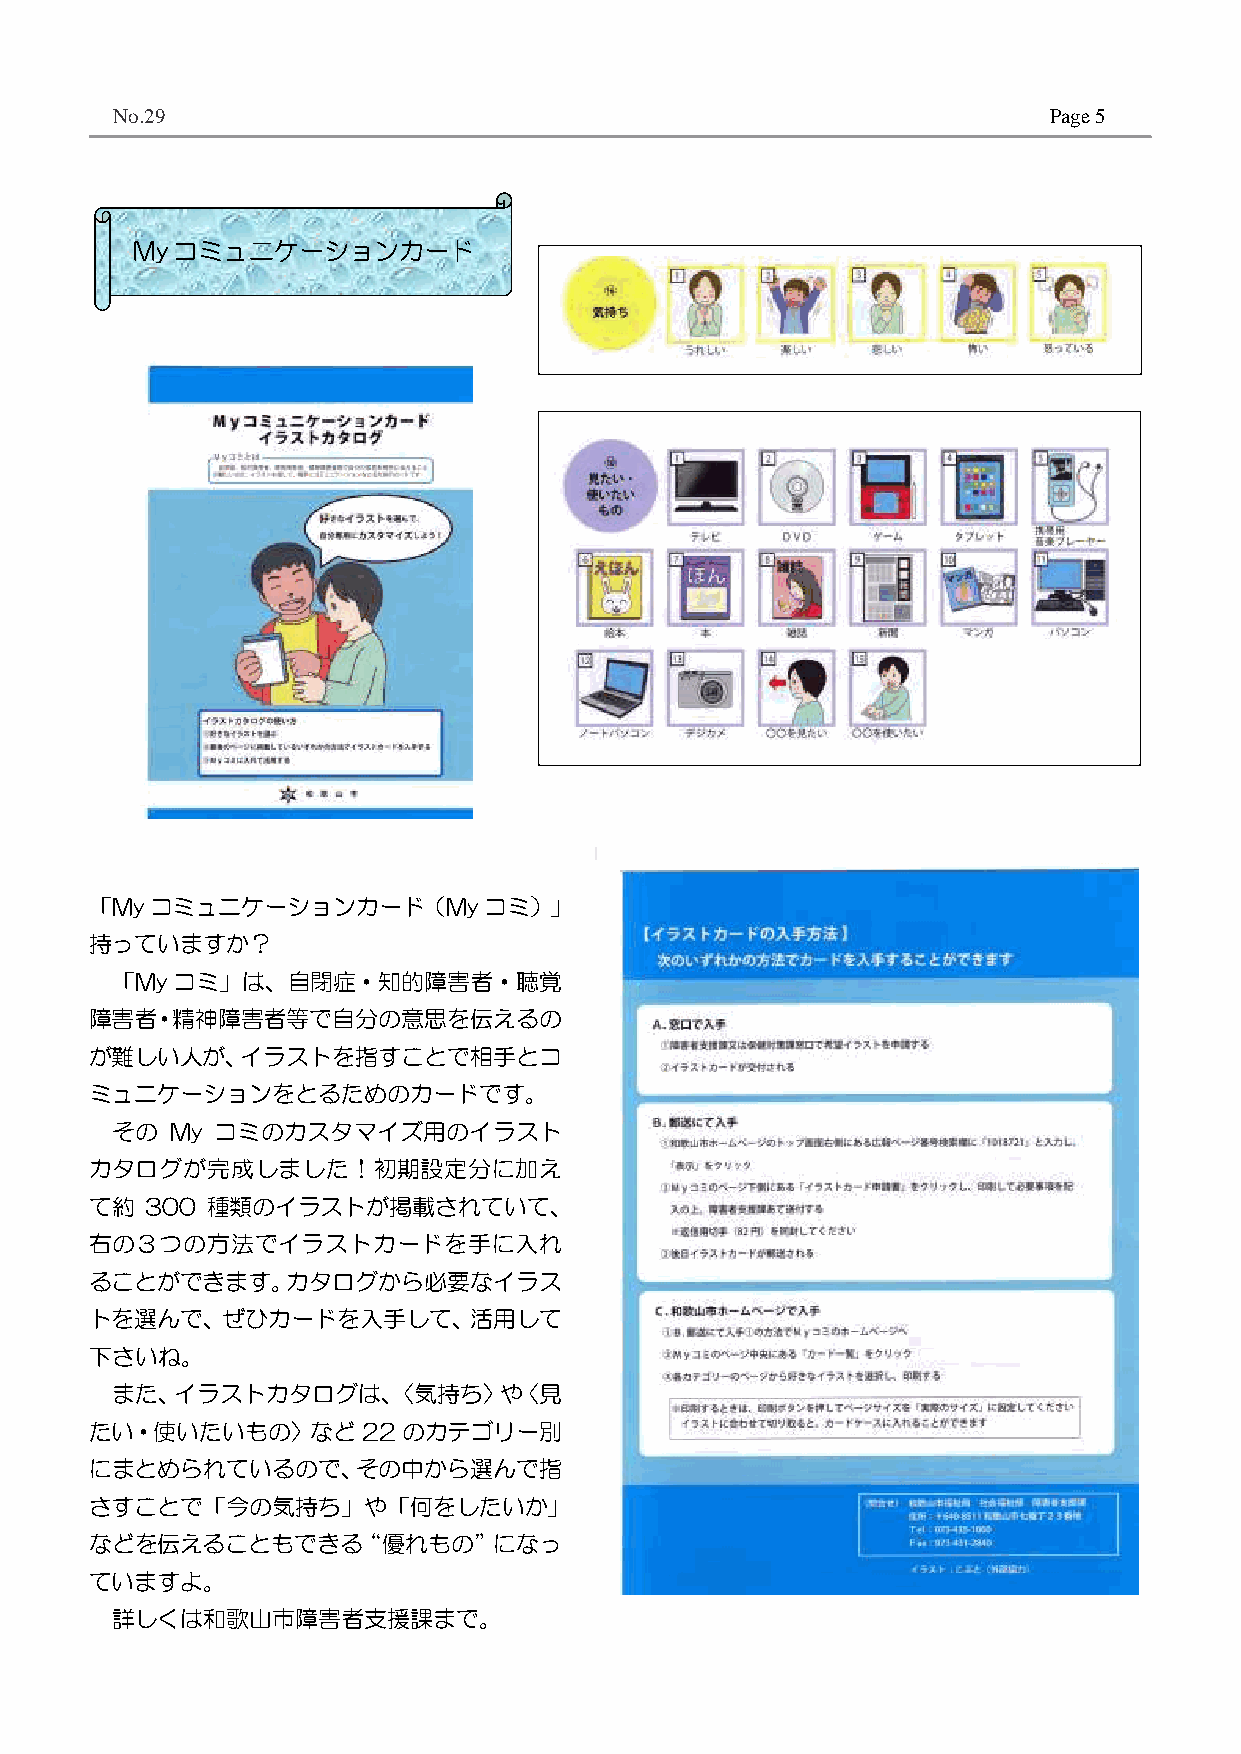
No.29                                                         Page 5
 Myコミュニケーションカード
 「Myコミュニケーションカード（Myコミ）」
 持っていますか？
 「Myコミ」は、自閉症・知的障害者・聴覚
 障害者・精神障害者等で自分の意思を伝えるの
 が難しい人が、イラストを指すことで相手とコ
 ミュニケーションをとるためのカードです。
 その  My コミのカスタマイズ用のイラスト
 カタログが完成しました！初期設定分に加え
 て約  300 種類のイラストが掲載されていて、
 右の３つの方法でイラストカードを手に入れ
 ることができます。カタログから必要なイラス
 トを選んで、ぜひカードを入手して、活用して
 下さいね。
 また、イラストカタログは、〈気持ち〉や〈見
 たい・使いたいもの〉など22のカテゴリー別
 にまとめられているので、その中から選んで指
 さすことで「今の気持ち」や「何をしたいか」
 などを伝えることもできる“優れもの”になっ
 ていますよ。
 詳しくは和歌山市障害者支援課まで。